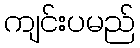
ကျင်းပမည်